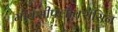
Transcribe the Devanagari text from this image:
मोक्सीफ्लोक्सेसिन